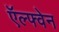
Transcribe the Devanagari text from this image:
ऍल्फ्वेन